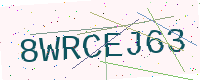
Text: 8WRCEJ63